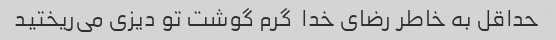
حداقل به خاطر رضای خدا  گرم گوشت تو دیزی می‌ریختید